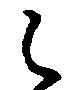
々